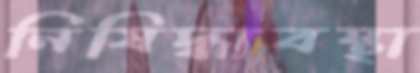
নিষিদ্ধাবস্থা